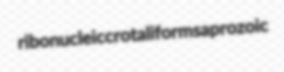
ribonucleic crotaliform saprozoic